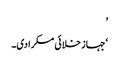
’
‘جہاز خلائی مسکرا دی۔